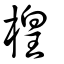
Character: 楻